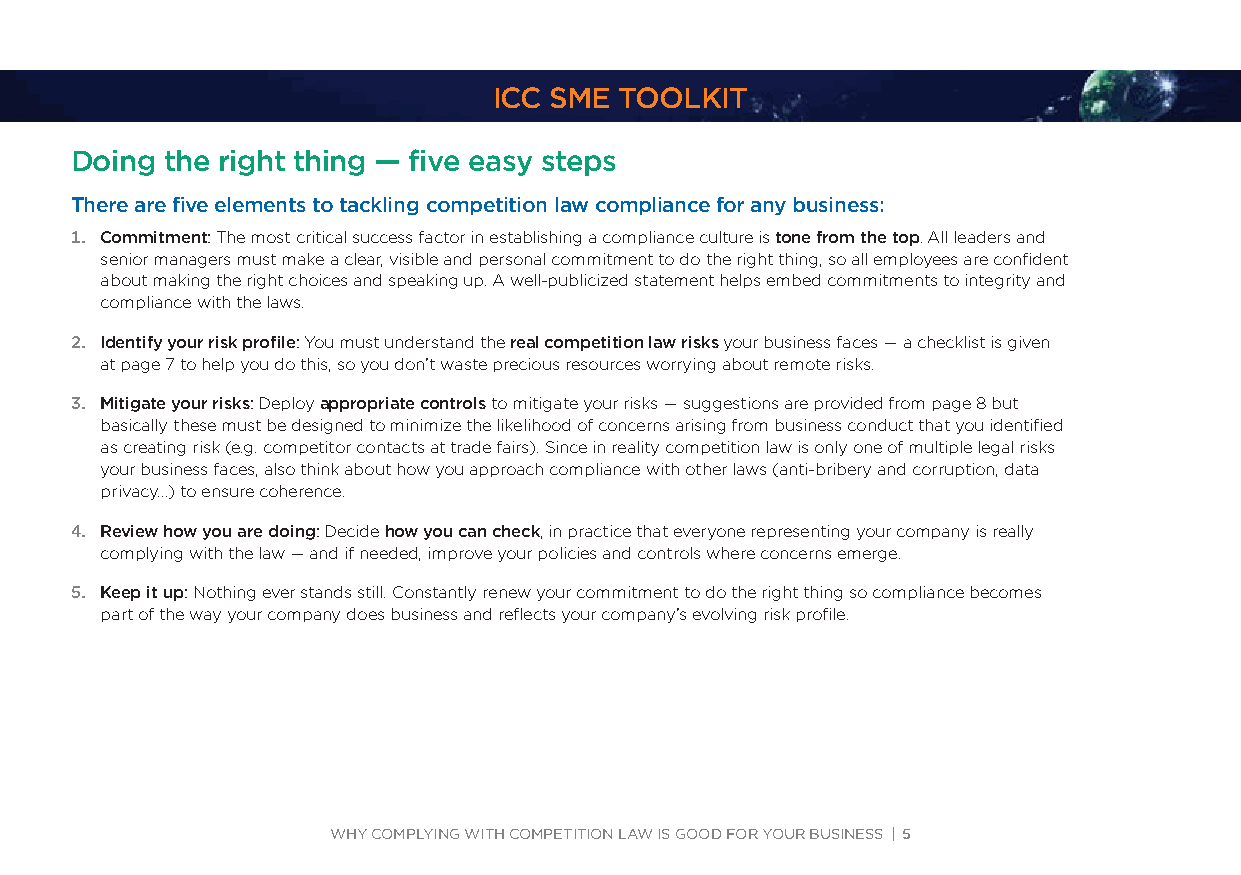
ICC SME TOOLKIT
 Doing the right thing — five easy steps
 There are five elements to tackling competition law compliance for any business:
 1. Commitment: The most critical success factor in establishing a compliance culture is tone from the top. All leaders and
 senior managers must make a clear, visible and personal commitment to do the right thing, so all employees are confident
 about making the right choices and speaking up. A well-publicized statement helps embed commitments to integrity and
 compliance with the laws.
 2. Identify your risk profile: You must understand the real competition law risks your business faces — a checklist is given
 at page 7 to help you do this, so you don’t waste precious resources worrying about remote risks.
 3. Mitigate your risks: Deploy appropriate controls to mitigate your risks — suggestions are provided from page 8 but
 basically these must be designed to minimize the likelihood of concerns arising from business conduct that you identified
 as creating risk (e.g. competitor contacts at trade fairs). Since in reality competition law is only one of multiple legal risks
 your business faces, also think about how you approach compliance with other laws (anti-bribery and corruption, data
 privacy…) to ensure coherence.
 4. Review how you are doing: Decide how you can check, in practice that everyone representing your company is really
 complying with the law — and if needed, improve your policies and controls where concerns emerge.
 5. Keep it up: Nothing ever stands still. Constantly renew your commitment to do the right thing so compliance becomes
 part of the way your company does business and reflects your company’s evolving risk profile.
 WHY COMPLYING WITH COMPETITION LAW IS GOOD FOR YOUR BUSINESS | 5